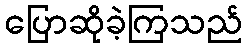
ပြောဆိုခဲ့ကြသည်